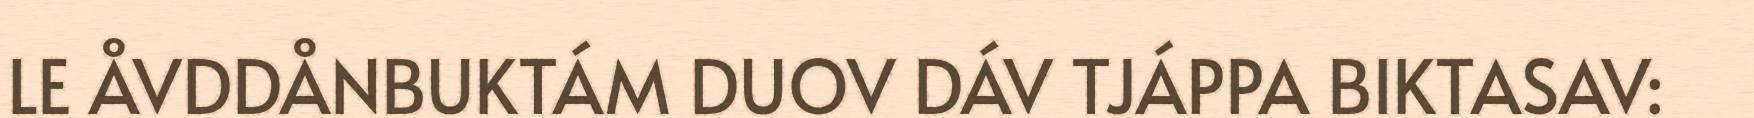
LE ÅVDDÅNBUKTÁM DUOV DÁV TJÁPPA BIKTASAV: